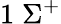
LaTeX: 1\; \Sigma^{+}